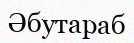
Әбутараб